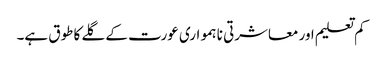
کم تعلیم اور معاشرتی نا ہمواری عورت کے گلے کا طوق ہے۔